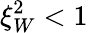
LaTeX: \xi_{W}^{2}<1